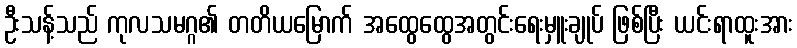
ဦးသန့်သည် ကုလသမဂ္ဂ၏ တတိယမြောက် အထွေထွေအတွင်းရေးမှူးချုပ် ဖြစ်ပြီး ယင်းရာထူးအား